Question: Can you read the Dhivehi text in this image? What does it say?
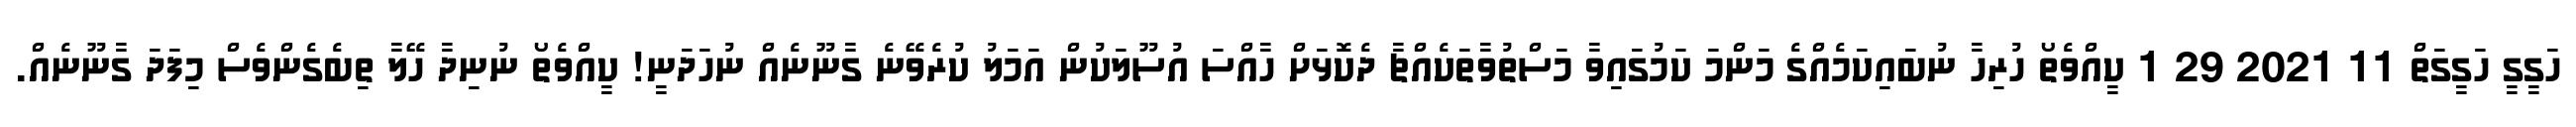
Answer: ހަގީގީ ހަގީގަތް 11 2021 29 1 ކީއްވެތޯ ހުރިހާ ނުބައިކަމެއްގެ މަންމަ ކަމުގައިވާ މަސްތުވާތަކެއްޗާ ދެކޮޅަށް ހާއްސަ އުސޫލަކުން އަމަލު ކުރެވޭނެ ގާނޫނެއް ނުހަދަނީ! ކީއްވެތޯ ނުނިދާ ހޭލާ ތިބެގެންވެސް މިފަދަ ގާނޫނެއް.